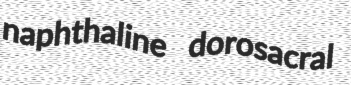
naphthaline dorosacral